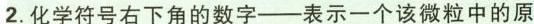
2.化学符号右下角的数字——表示一个该微粒中的原